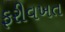
ફરીવખત